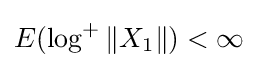
E(\log ^{+}\|X_{1}\|)<\infty